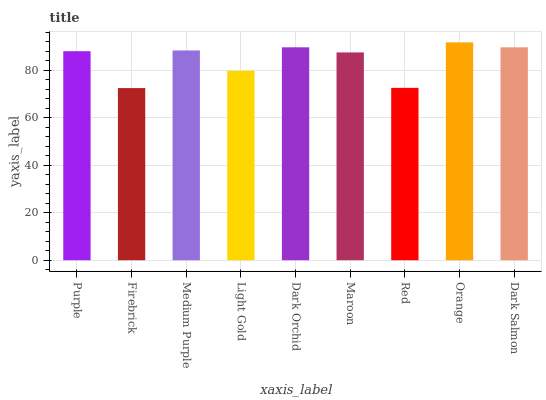
| xaxis_label | bars |
 | --- | --- |
 | Purple | 88.1 |
 | Firebrick | 72.6 |
 | Medium Purple | 88.4 |
 | Light Gold | 79.8 |
 | Dark Orchid | 89.7 |
 | Maroon | 87.6 |
 | Red | 72.7 |
 | Orange | 91.8 |
 | Dark Salmon | 89.7 |